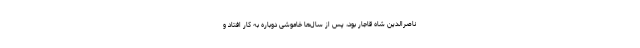
ناصرالدین شاه قاجار بود، پس از سال‌ها خاموشی دوباره به کار افتاد و